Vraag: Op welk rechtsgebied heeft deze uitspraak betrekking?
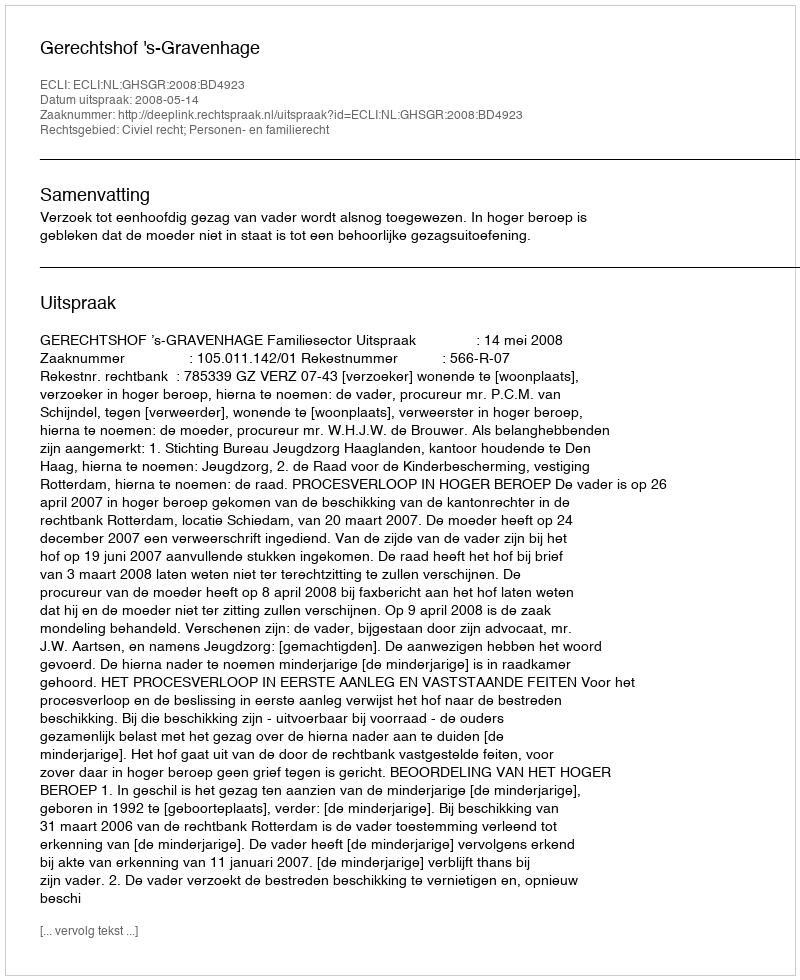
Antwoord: Civiel recht; Personen- en familierecht